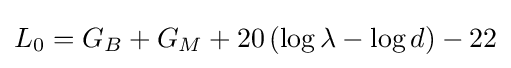
L_{0}=G_{B}+G_{M}+20\left(\log \lambda -\log d\right)-22